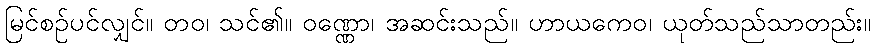
မြင်စဉ်ပင်လျှင်။ တဝ၊ သင်၏။ ဝဏ္ဏော၊ အဆင်းသည်။ ဟာယကေဝ၊ ယုတ်သည်သာတည်း။